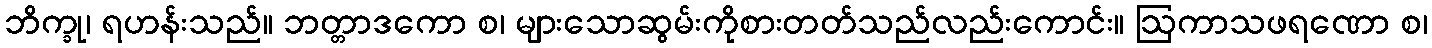
ဘိက္ခု၊ ရဟန်းသည်။ ဘတ္တာဒကော စ၊ များသောဆွမ်းကိုစားတတ်သည်လည်းကောင်း။ ဩကာသဖရဏော စ၊